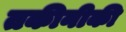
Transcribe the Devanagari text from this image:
तकीनीकी